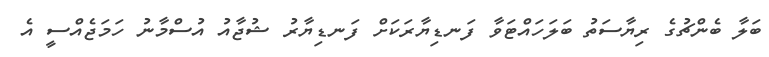
ބަލާ ބެންޗުގެ ރިޔާސަތު ބަލަހައްޓަވާ ފަނޑިޔާރަކަށް ފަނޑިޔާރު ޝުޖާއު އުސްމާނު ހަމަޖެއްސީ އެ